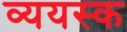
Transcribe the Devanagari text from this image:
व्ययस्क